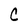
Character: C